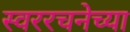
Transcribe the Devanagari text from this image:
स्वररचनेच्या